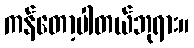
ကန်တော့ပါတယ်ဘုရား။